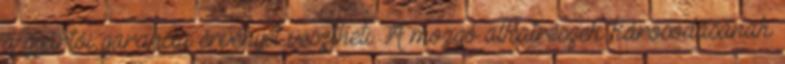
a gyártói garancia érvényét vesztheti. A mozgó alkatrészek károsodásának